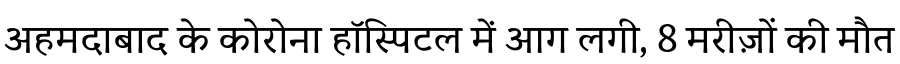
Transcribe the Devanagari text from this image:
अहमदाबाद के कोरोना हॉस्पिटल में आग लगी, 8 मरीज़ों की मौत